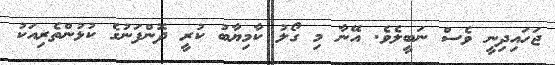
ޖަހައިދިނީ ވެސް ނަބީލެވެ. އޭނާ މި ގޯލު ކާމިޔާބު ކުރީ ދޮންފަނުގެ ކުޅުންތެރިއަކު